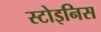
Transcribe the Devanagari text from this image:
स्टोइनिस